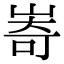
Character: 㟢